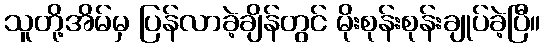
သူတို့အိမ်မှ ပြန်လာခဲ့ချိန်တွင် မိုးစုန်းစုန်းချုပ်ခဲ့ပြီ။